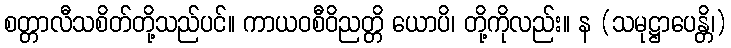
စတ္တာလီသစိတ်တို့သည်ပင်။ ကာယဝစီဝိညတ္တိ ယောပိ၊ တို့ကိုလည်း။ န (သမုဋ္ဌာပေန္တိ၊)